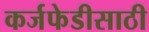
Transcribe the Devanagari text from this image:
कर्जफेडीसाठी